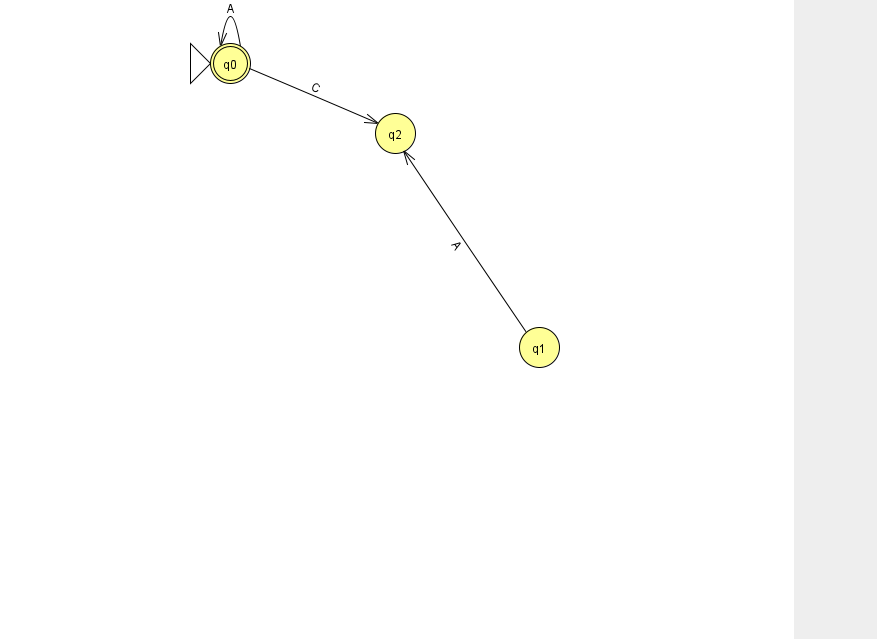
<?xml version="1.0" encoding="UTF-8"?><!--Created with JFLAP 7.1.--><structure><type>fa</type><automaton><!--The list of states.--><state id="0" name="q0"><x>230.0</x><y>50.0</y><initial/><final/></state><state id="1" name="q1"><x>539.0</x><y>334.0</y></state><state id="2" name="q2"><x>395.0</x><y>120.0</y></state><!--The list of transitions.--><transition><from>0</from><to>0</to><read>A</read></transition><transition><from>0</from><to>2</to><read>C</read></transition><transition><from>1</from><to>2</to><read>A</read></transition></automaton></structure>